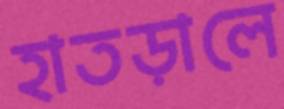
হাতড়ালে